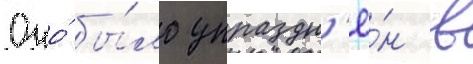
Оно́ бы́ло упраздн'ё́н в